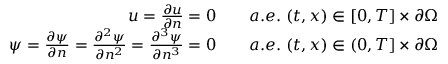
\begin{array} { r l } { u = \frac { \partial u } { \partial n } = 0 \quad } & { a . e . \ ( t , x ) \in [ 0 , T ] \times \partial \Omega } \\ { \psi = \frac { \partial \psi } { \partial n } = \frac { \partial ^ { 2 } \psi } { \partial n ^ { 2 } } = \frac { \partial ^ { 3 } \psi } { \partial n ^ { 3 } } = 0 \quad } & { a . e . \ ( t , x ) \in ( 0 , T ] \times \partial \Omega } \end{array}